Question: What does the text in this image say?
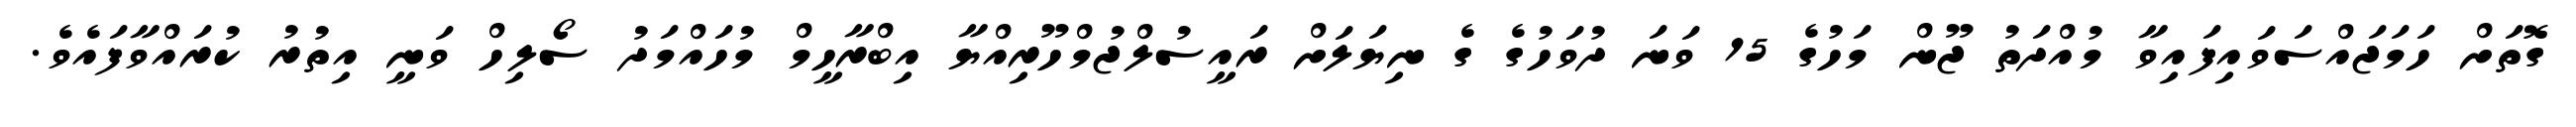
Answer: ގޮތަށް ހަމަޖައްސަވައިފައިވާ މުއްދަތު ޖޫން މަހުގެ 15 ވަނަ ދުވަހުގެ ގެ ނިޔަލަށް ރައީސުލްޖުމްހޫރިއްޔާ އިބްރާހީމް މުހައްމަދު ސޯލިހް ވަނީ އިތުރު ކުރައްވާފައެވެ.